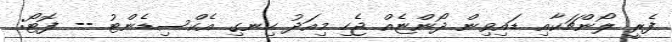
ފެރީ ލޯންޗަކާއި ޑައިވިން ދޯންޏެއް ޖެހި މިއަދު ހިނގި އެކްސިޑެންޓު -- ފޮޓޯ: